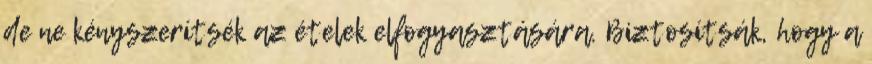
de ne kényszerítsék az ételek elfogyasztására. Biztosítsák, hogy a